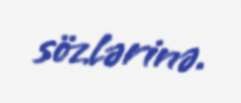
sözlərinə.